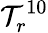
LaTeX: \mathcal{T}_{r}^{10}